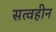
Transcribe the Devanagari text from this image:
सत्वहीन